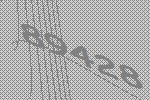
89428